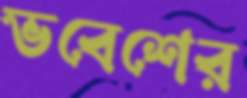
ভবেশের